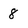
Character: 8